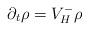
LaTeX: \begin{align*}\partial_t \rho = V^{-}_{H} \rho \end{align*}